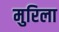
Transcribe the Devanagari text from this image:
मुरिला